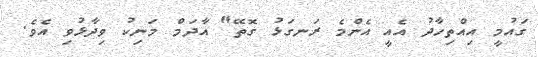
ގައުމީ އިއްތިހާދު އެއީ އެންމެ ރަނގަޅު ގޮތޭ" އާދަމް މަނިކު ވިދާޅުވި އެވެ.